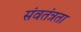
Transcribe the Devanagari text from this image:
संवतंत्रता